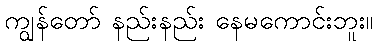
ကျွန်တော် နည်းနည်း နေမကောင်းဘူး။